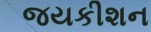
જયકીશન